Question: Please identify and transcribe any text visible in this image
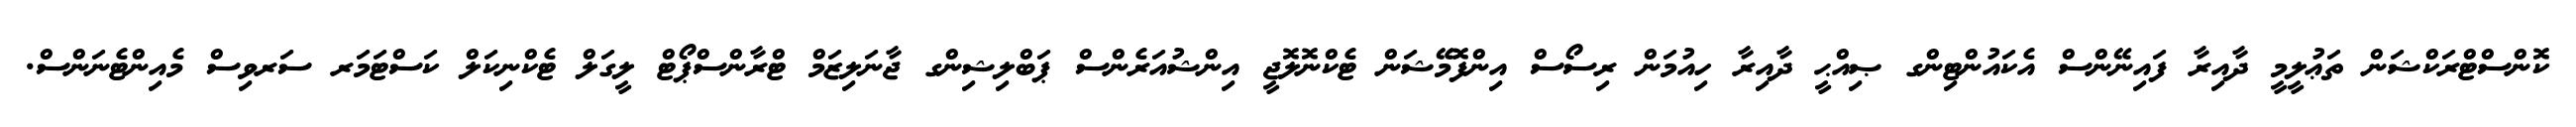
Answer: ކޮންސްޓްރަކްޝަން ތަޢުލީމީ ދާއިރާ ފައިނޭންސް އެކައުންޓިންގ ޞިއްޙީ ދާއިރާ ހިއުމަން ރިސޯސް އިންފޮމޭޝަން ޓެކްނޮލޮޖީ އިންޝުއަރެންސް ޕަބްލިޝިންގ ޖާނަލިޒަމް ޓްރާންސްޕޯޓް ލީގަލް ޓެކްނިކަލް ކަސްޓަމަރ ސަރވިސް މެއިންޓެނަންސް.